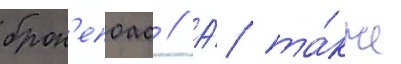
брон'епоас // А́ та́кже